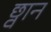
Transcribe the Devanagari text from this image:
छ्वान